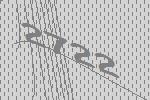
2722